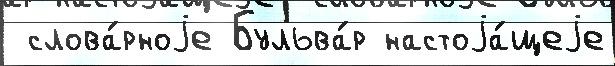
 слова́рноjе Бульва́р настоjа́щеjе